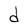
Character: d